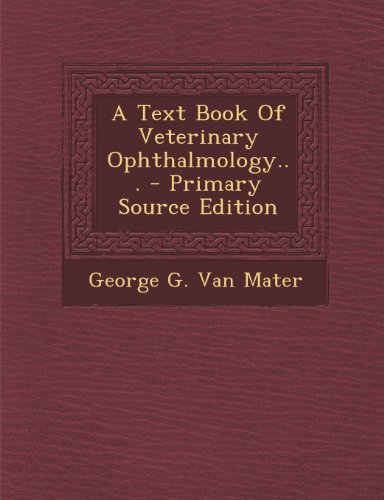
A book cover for A Text Book Of Veterinary Ophthalmology... - Primary Source Edition; Medical Books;